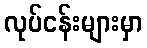
လုပ်ငန်းများမှာ